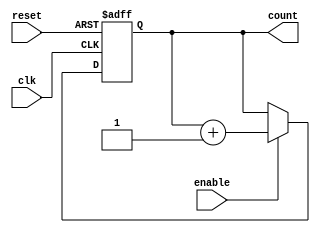
module cascaded_counter #(
    parameter N = 4 // Number of bits (adjustable)
)(
    input wire clk,       // Clock signal
    input wire reset,     // Asynchronous reset signal
    input wire enable,    // Enable signal
    output reg [N-1:0] count // Current count value
);

// Always block to handle the counter behavior
always @(posedge clk or posedge reset) begin
    if (reset) begin
        // Reset the count to 0
        count <= 0;
    end else if (enable) begin
        // Increment the counter
        count <= count + 1;
    end
end

endmodule